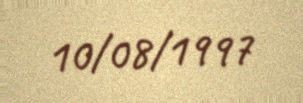
10/08/1997